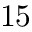
1 5